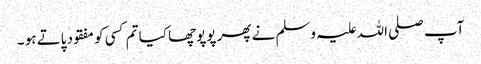
آپ صلی اللہ علیہ وسلم نے پھر پوپوچھا کیا تم کسی کو مفقود پاتے ہو ۔